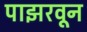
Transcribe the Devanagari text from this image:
पाझरवून